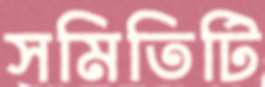
সমিতিটি